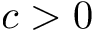
c > 0